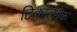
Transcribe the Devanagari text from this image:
टिकात्मक